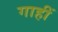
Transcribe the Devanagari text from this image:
गाहीं